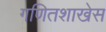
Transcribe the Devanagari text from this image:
गणितशाखेस